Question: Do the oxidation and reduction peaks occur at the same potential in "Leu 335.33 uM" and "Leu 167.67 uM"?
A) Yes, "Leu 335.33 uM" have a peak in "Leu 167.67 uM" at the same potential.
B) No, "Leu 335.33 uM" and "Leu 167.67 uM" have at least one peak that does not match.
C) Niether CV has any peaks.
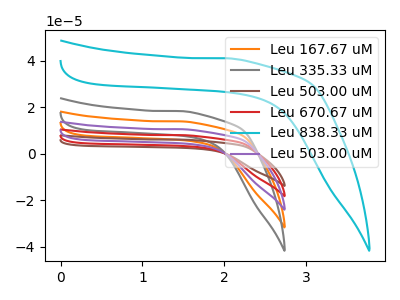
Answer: <think>The orange curve "Leu 167.67 uM" has no peaks. The gray curve "Leu 335.33 uM" has no peaks. The brown curve "Leu 503.00 uM" has no peaks. The red curve "Leu 670.67 uM" has no peaks. The cyan curve "Leu 838.33 uM" has no peaks. The purple curve "Leu 503.00 uM" has no peaks.</think>
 <answer>C) Niether CV has any peaks.</answer>
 <eval>C</eval>